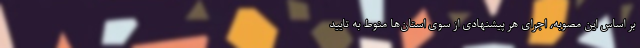
بر اساس این مصوبه، اجرای هر پیشنهادی از سوی استان‌ها منوط به تایید